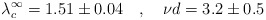
\begin{align*}\lambda_c^\infty = 1.51 \pm 0.04 \ \ \ , \ \ \ {{\nu}d} = 3.2 \pm 0.5\end{align*}